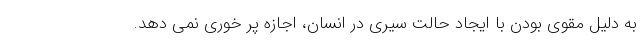
به دلیل مقوی بودن با ایجاد حالت سیری در انسان، اجازه پر خوری نمی دهد.